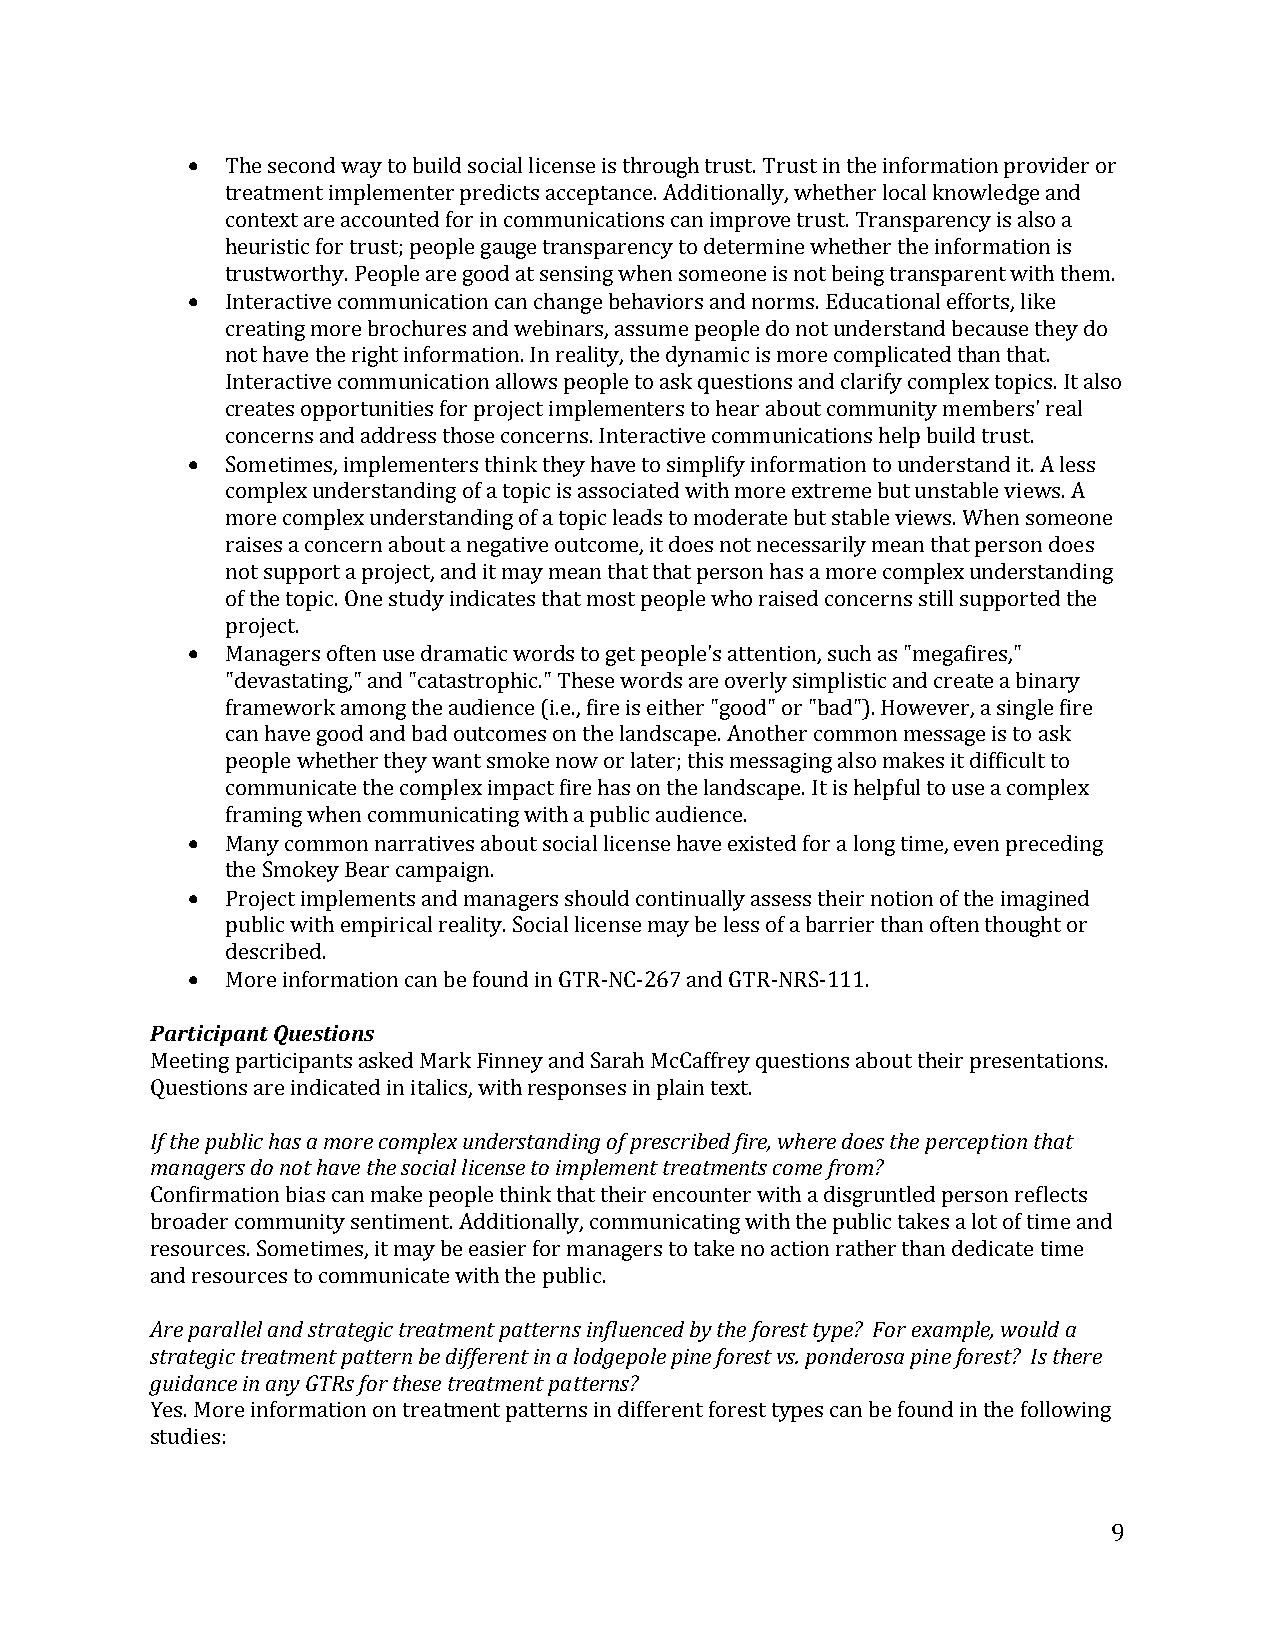
•
 The second way to build social license is through trust. Trust in the information provider or
 treatment implementer predicts acceptance. Additionally, whether local knowledge and
 context are accounted for in communications can improve trust. Transparency is also a
 •  heuristic for trust; people gauge transparency to determine whether the information is
 trustworthy. People are good at sensing when someone is not being transparent with them.
 Interactive communication can change behaviors and norms. Educational efforts, like
 creating more brochures and webinars, assume people do not understand because they do
 not have the right information. In reality, the dynamic is more complicated than that.
 Interactive communication allows people to ask questions and clarify complex topics. It also
 •  creates opportunities for project implementers to hear about community members' real
 concerns and address those concerns. Interactive communications help build trust.
 Sometimes, implementers think they have to simplify information to understand it. A less
 complex understanding of a topic is associated with more extreme but unstable views. A
 more complex understanding of a topic leads to moderate but stable views. When someone
 raises a concern about a negative outcome, it does not necessarily mean that person does
 not support a project, and it may mean that that person has a more complex understanding
 •  of the topic. One study indicates that most people who raised concerns still supported the
 project.
 Managers often use dramatic words to get people's attention, such as "megafires,"
 "devastating," and "catastrophic." These words are overly simplistic and create a binary
 framework among the audience (i.e., fire is either "good" or "bad"). However, a single fire
 can have good and bad outcomes on the landscape. Another common message is to ask
 people whether they want smoke now or later; this messaging also makes it difficult to
 •  communicate the complex impact fire has on the landscape. It is helpful to use a complex
 framing when communicating with a public audience.
 •  Many common narratives about social license have existed for a long time, even preceding
 the Smokey Bear campaign.
 Project implements and managers should continually assess their notion of the imagined
 •  public with empirical reality. Social license may be less of a barrier than often thought or
 described.
 ParticipMaonrte Q iunfeosrtmioantsi on can be found in GTR-NC-267 and GTR-NRS-111.
 Meeting participants asked Mark Finney and Sarah McCaffrey questions about their presentations.
 QIf utheset piounbsli ac rhea isn ad imcaotreed c ionm itpalleixc su, nwdietrhs traenspdoinngs eosf pinr epslcariinb etedx fti.r e, where does the perception that
 managers do not have the social license to implement treatments come from?
 Confirmation bias can make people think that their encounter with a disgruntled person reflects
 broader community sentiment. Additionally, communicating with the public takes a lot of time and
 resources. Sometimes, it may be easier for managers to take no action rather than dedicate time
 aAnred praersaolulerlc easn dto s tcroamtemgiucn tirceaattem weintth p tahtet eprunbsl iicn.f luenced by the forest type? For example, would a
 strategic treatment pattern be different in a lodgepole pine forest vs. ponderosa pine forest? Is there
 guidance in any GTRs for these treatment patterns?
 Yes. More information on treatment patterns in different forest types can be found in the following
 studies:
 9